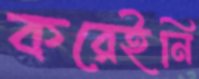
করেইনি